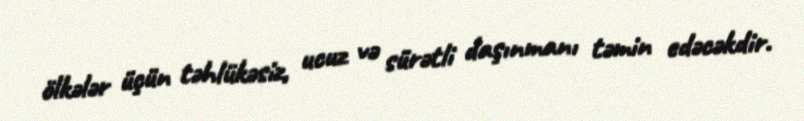
ölkələr üçün təhlükəsiz, ucuz və sürətli daşınmanı təmin edəcəkdir.